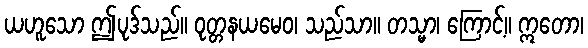
ယဟူသော ဤပုဒ်သည်။ ဝုတ္တနယမေဝ၊ သည်သာ။ တသ္မာ၊ ကြောင့်။ ဣတော၊